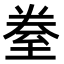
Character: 𮍢